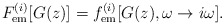
\begin{align*}F_{{\mathrm{em}}}^{(i)}[G(z)]=f_{{\mathrm{em}}}^{(i)}[G(z),\omega\rightarrow i\omega ]. \end{align*}